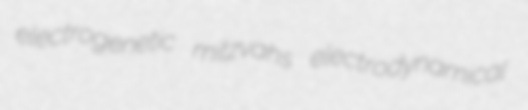
electrogenetic mitzvahs electrodynamical